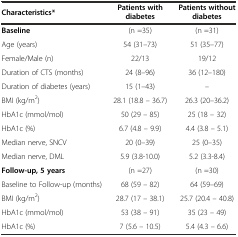
| Characteristics* | Patients with diabetes | Patients without diabetes |
 | --- | --- | --- |
 | Baseline | (n =35) | (n =31) |
 | Age (years) | 54 (31–73) | 51 (35–77) |
 | Female/Male (n) | 22/13 | 19/12 |
 | Duration of CTS (months) | 24 (8–96) | 36 (12–180) |
 | Duration of diabetes (years) | 15 (1–43) | – |
 | BMI (kg/m2) | 28.1 (18.8 – 36.7) | 26.3 (20–36.2) |
 | HbA1c (mmol/mol) | 50 (29 – 85) | 25 (18 – 32) |
 | HbA1c (%) | 6.7 (4.8 – 9.9) | 4.4 (3.8 – 5.1) |
 | Median nerve, SNCV | 20 (0–39) | 25 (0–35) |
 | Median nerve, DML | 5.9 (3.8-10.0) | 5.2 (3.3-8.4) |
 | Follow-up, 5 years | (n =27) | (n =30) |
 | Baseline to Follow-up (months) | 68 (59 – 82) | 64 (59–69) |
 | BMI (kg/m2) | 28.7 (17 – 38.1) | 25.7 (20.4 – 40.8) |
 | HbA1c (mmol/mol) | 53 (38 – 91) | 35 (23 – 49) |
 | HbA1c (%) | 7 (5.6 – 10.5) | 5.4 (4.3 – 6.6) |